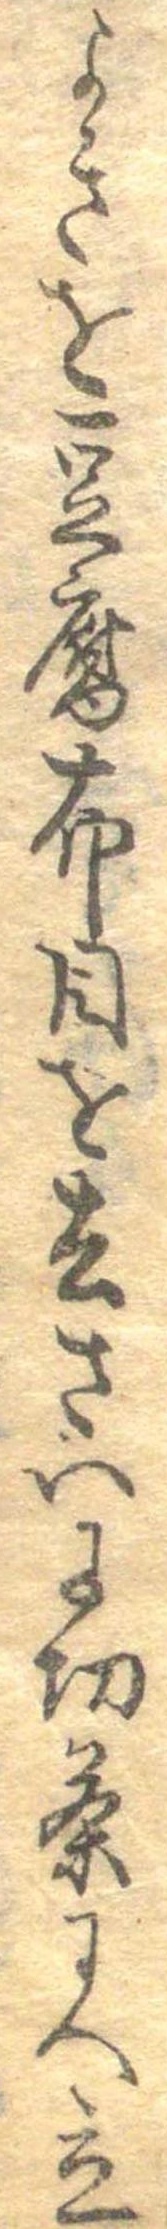
よきを豆腐布目を去さいに切茶にへ立